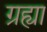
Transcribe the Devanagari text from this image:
ग्रह्या